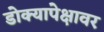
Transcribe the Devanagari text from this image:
डोक्यापेक्षावर